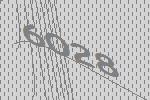
6028